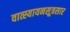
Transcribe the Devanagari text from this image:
वात्स्यायनसूत्रसार